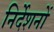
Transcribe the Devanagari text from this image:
निर्देशनों